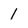
Character: 1